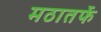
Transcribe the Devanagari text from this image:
मठातर्फे